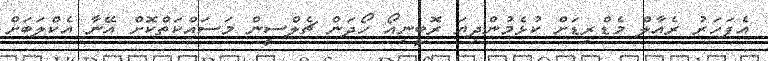
އެފަހަރު ރެއާލް މެޑްރިޑަށް ކުޅެމުންދިޔަ ރޮބީނިއޯ ހޯދަން ޗެލްސީން މަސައްކަތްކޮށް އޭނާ އެކްލަބަށް